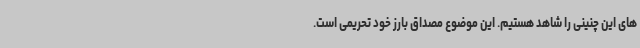
های این چنینی را شاهد هستیم. این موضوع مصداق بارز خود تحریمی است.